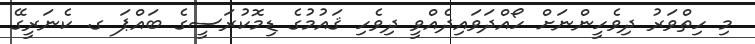
މި ހިތްވަރު ދިވެހީންނަށް ހޯއްދަވައިދެއްވީ ދިވެހި ޤައުމުގެ ޑިމޮކުރަސީގެ ބައްޕަ ގ. ކެނަރީގޭ